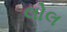
લોલ